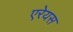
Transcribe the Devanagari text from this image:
एरेयस